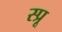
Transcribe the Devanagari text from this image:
स्प्रू